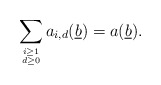
\begin{align*}\sum_{i \geq 1 \atop {d \geq 0}}a_{i,d}(\underline{b}) = a(\underline{b}).\end{align*}